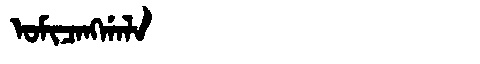
Manchu: ᠣᠮᡳᠴᠠᠩᡤᠠᠯᠠ
Romanization: OMICANGGALA